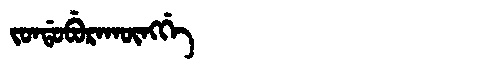
Manchu: ᠵᠣᠨᡩᠣᠪᡠᡵᠠᡴᡡᠩᡤᡝ
Romanization: JONDOBURAKŪNGGE